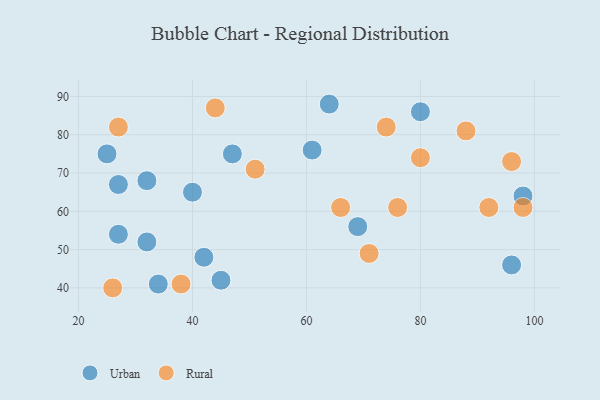
{"axis": {"x": "GDP", "y": "Life Expectancy"}, "legend": ["Rural", "Urban"], "data": [{"x": "98", "y": 64, "type": "Urban"}, {"x": "80", "y": 86, "type": "Urban"}, {"x": "34", "y": 41, "type": "Urban"}, {"x": "32", "y": 52, "type": "Urban"}, {"x": "32", "y": 68, "type": "Urban"}, {"x": "64", "y": 88, "type": "Urban"}, {"x": "61", "y": 76, "type": "Urban"}, {"x": "27", "y": 67, "type": "Urban"}, {"x": "45", "y": 42, "type": "Urban"}, {"x": "40", "y": 65, "type": "Urban"}, {"x": "47", "y": 75, "type": "Urban"}, {"x": "42", "y": 48, "type": "Urban"}, {"x": "25", "y": 75, "type": "Urban"}, {"x": "96", "y": 46, "type": "Urban"}, {"x": "69", "y": 56, "type": "Urban"}, {"x": "27", "y": 54, "type": "Urban"}, {"x": "96", "y": 73, "type": "Rural"}, {"x": "38", "y": 41, "type": "Rural"}, {"x": "74", "y": 82, "type": "Rural"}, {"x": "27", "y": 82, "type": "Rural"}, {"x": "88", "y": 81, "type": "Rural"}, {"x": "71", "y": 49, "type": "Rural"}, {"x": "76", "y": 61, "type": "Rural"}, {"x": "26", "y": 40, "type": "Rural"}, {"x": "66", "y": 61, "type": "Rural"}, {"x": "98", "y": 61, "type": "Rural"}, {"x": "44", "y": 87, "type": "Rural"}, {"x": "80", "y": 74, "type": "Rural"}, {"x": "92", "y": 61, "type": "Rural"}, {"x": "51", "y": 71, "type": "Rural"}]}